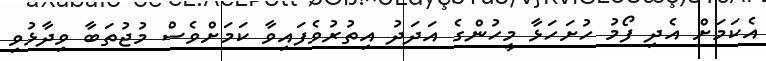
އެކަމަށް އެދި ފޯމު ހުށަހަޅާ މީހުންގެ އަދަދު އިތުރުވެފައިވާ ކަމަށްވެސް މުޖުތަބާ ވިދާޅުވި